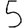
Digit: 5